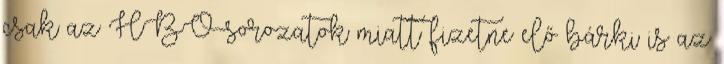
csak az HBO-sorozatok miatt fizetne elő bárki is az